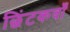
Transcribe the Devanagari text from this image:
छिंटकवाँ